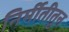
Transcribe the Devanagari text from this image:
निर्मीतीतुन